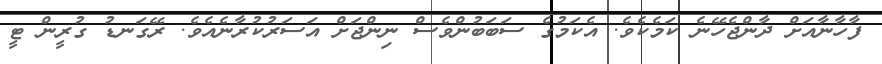
ފާހާނާއަށް ދާންޖެހޭނެ ކަމެކެވެ. އެކަމުގެ ސަބަބުންވެސް ނިންޖަށް އަސަރުކުރާނެއެވެ. ރޭގަނޑު ގުރީން ޓީ